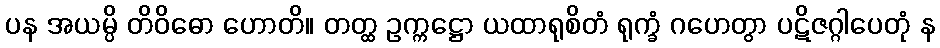
ပန အယမ္ပိ တိဝိဓော ဟောတိ။ တတ္ထ ဥက္ကဋ္ဌော ယထာရုစိတံ ရုက္ခံ ဂဟေတွာ ပဋိဇဂ္ဂါပေတုံ န